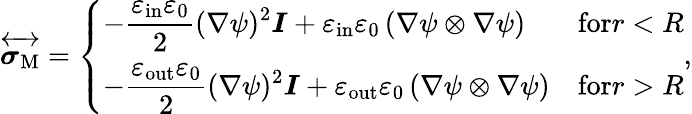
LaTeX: \overleftrightarrow{\boldsymbol{\sigma}_{\mathrm{M}}}=\left\{ \begin{array}{ll}{\displaystyle-\frac{\varepsilon_{\mathrm{in}}\varepsilon_{0}}{2}(\nabla\psi)^{2}\boldsymbol{I}+\varepsilon_{\mathrm{in}}\varepsilon_{0}\left(\nabla\psi\otimes\nabla\psi\right)}&{\textrm{for}r<R}\\ {\displaystyle-\frac{\varepsilon_{\mathrm{out}}\varepsilon_{0}}{2}(\nabla\psi)^{2}\boldsymbol{I}+\varepsilon_{\mathrm{out}}\varepsilon_{0}\left(\nabla\psi\otimes\nabla\psi\right)}&{\textrm{for}r>R}\end{array}\right.,